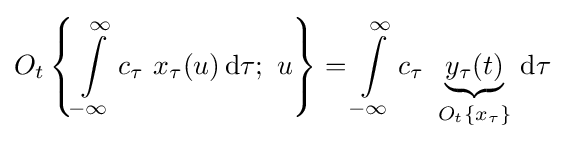
O_{t}\left\{\int \limits _{-\infty }^{\infty }c_{\tau }\ x_{\tau }(u)\,\mathrm {d} \tau ;\ u\right\}=\int \limits _{-\infty }^{\infty }c_{\tau }\ \underbrace {y_{\tau }(t)} _{O_{t}\{x_{\tau }\}}\,\mathrm {d} \tau